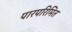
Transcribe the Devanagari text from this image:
पारपरिमित